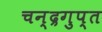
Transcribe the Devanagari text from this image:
चन्‍द्रगुप्‍त